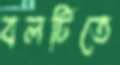
বলটিতে